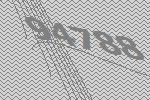
94788